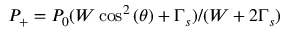
P _ { + } = P _ { 0 } ( W \cos ^ { 2 } { ( \theta ) } + \Gamma _ { s } ) / ( W + 2 \Gamma _ { s } )